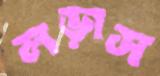
লড়াস